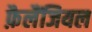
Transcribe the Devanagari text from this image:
फ़ैलैंजियल